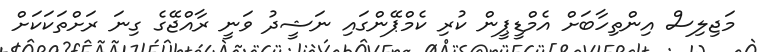
މަޖިލިސް އިންތިހާބަށް އެމްޑީޕީން ކުރި ކެމްޕޭންގައި ނަޝީދު ވަނީ ރާއްޖޭގެ ގިނަ ރަށްތަކަކަށް